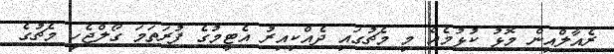
ރެއާލްއިން މޮޅު ކުޅުމެއް މި މެޗުގައި ދެއްކިއިރު އެޓީމުގެ ފުރަތަމަ ގޯލްޖެހީ މެޗުގެ